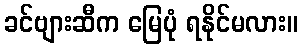
ခင်ဗျားဆီက မြေပုံ ရနိုင်မလား။